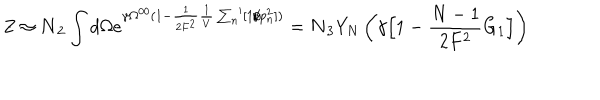
\mathrm { Z } \approx { \bf N _ { 2 } } \int d \Omega e ^ { \gamma \Omega ^ { 0 0 } ( 1 - \frac { 1 } { 2 F ^ { 2 } } \frac { 1 } { V } \sum _ { n } ^ { \prime } [ 1 / p _ { n } ^ { 2 } ] ) } = { \bf N _ { 3 } } Y _ { N } \left( \gamma \Big [ 1 - \frac { N - 1 } { 2 F ^ { 2 } } G _ { 1 } \Big ] \right)